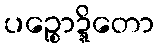
ပဉ္စောဍ္ဍိတော